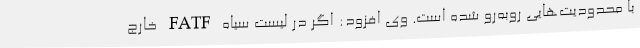
با محدودیت‌هایی روبه‌رو شده است. وی افزود: اگر در لیست سیاه FATF خارج